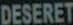
DESERET